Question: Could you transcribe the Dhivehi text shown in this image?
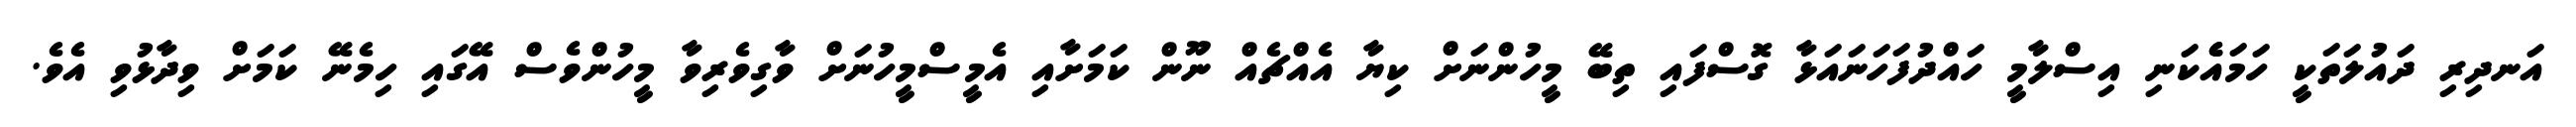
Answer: އަނދިރި ދައުލަތަކީ ހަމައެެކަނި އިސްލާމީ ހައްދުފަހަނައަޅާ ގޮސްފައި ތިބޭ މީހުންނަށް ކިޔާ އެއްޗެއް ނޫން ކަމަށާއި އެމީސްމީހުނަށް ވާގިވެރިވާ މީހުންވެސް އޭގައި ހިމެނޭ ކަމަށް ވިދާޅުވި އެވެ.